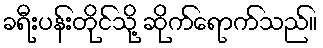
ခရီးပန်းတိုင်သို့ ဆိုက်ရောက်သည်။